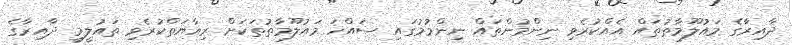
ދާއިރާގެ މައުލޫމާތުތައް އެއްކުރެވި ނިންމުންތައް ނިންމުމުގައި ސައްހަ މައުލޫމާތުތަކަށް ރިއާޔަތްކުރެވި ތައުލީމީ ދާއިރާގެ